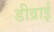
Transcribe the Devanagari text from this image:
डीव्राई